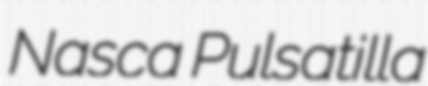
Nasca Pulsatilla